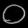
Digit: ၀